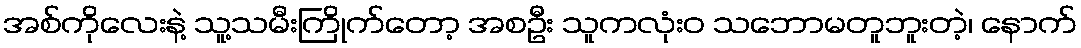
အစ်ကိုလေးနဲ့ သူ့သမီးကြိုက်တော့ အစဦး သူကလုံးဝ သဘောမတူဘူးတဲ့၊ နောက်